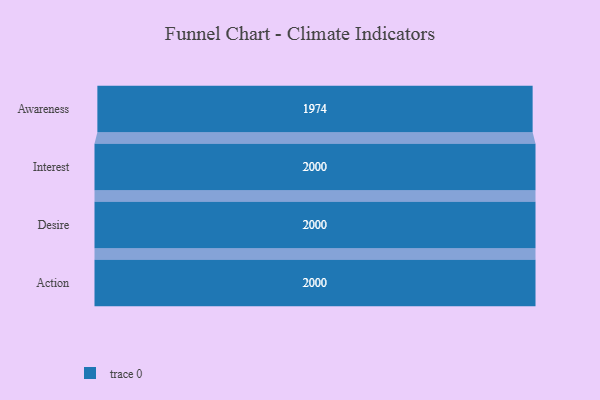
{"axis": {"x": "Stage", "y": "Value"}, "legend": [""], "data": [{"x": "Awareness", "y": 1974.0, "type": ""}, {"x": "Interest", "y": 2000, "type": ""}, {"x": "Desire", "y": 2000, "type": ""}, {"x": "Action", "y": 2000, "type": ""}]}